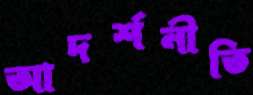
আদর্শনীতি